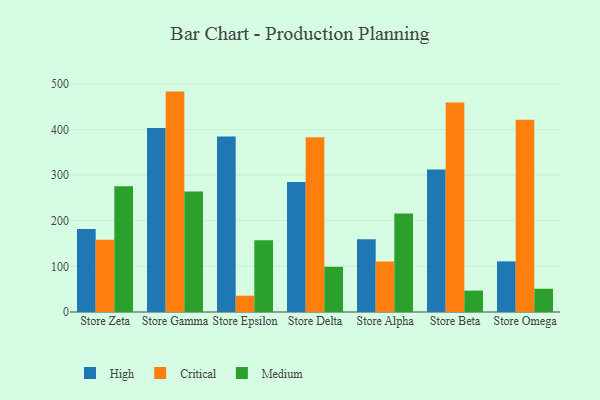
{"axis": {"x": "Store", "y": "Customer Acquisition Cost (USD)"}, "legend": ["Critical", "High", "Medium"], "data": [{"x": "Store Zeta", "y": 181.7, "type": "High"}, {"x": "Store Zeta", "y": 158.4, "type": "Critical"}, {"x": "Store Zeta", "y": 275.4, "type": "Medium"}, {"x": "Store Gamma", "y": 402.9, "type": "High"}, {"x": "Store Gamma", "y": 482.8, "type": "Critical"}, {"x": "Store Gamma", "y": 263.7, "type": "Medium"}, {"x": "Store Epsilon", "y": 384.7, "type": "High"}, {"x": "Store Epsilon", "y": 35.7, "type": "Critical"}, {"x": "Store Epsilon", "y": 157.1, "type": "Medium"}, {"x": "Store Delta", "y": 284.9, "type": "High"}, {"x": "Store Delta", "y": 383.0, "type": "Critical"}, {"x": "Store Delta", "y": 99.0, "type": "Medium"}, {"x": "Store Alpha", "y": 159.1, "type": "High"}, {"x": "Store Alpha", "y": 110.6, "type": "Critical"}, {"x": "Store Alpha", "y": 216.0, "type": "Medium"}, {"x": "Store Beta", "y": 312.3, "type": "High"}, {"x": "Store Beta", "y": 458.7, "type": "Critical"}, {"x": "Store Beta", "y": 46.9, "type": "Medium"}, {"x": "Store Omega", "y": 110.9, "type": "High"}, {"x": "Store Omega", "y": 421.2, "type": "Critical"}, {"x": "Store Omega", "y": 51.0, "type": "Medium"}]}